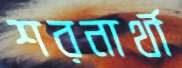
শরনার্থী